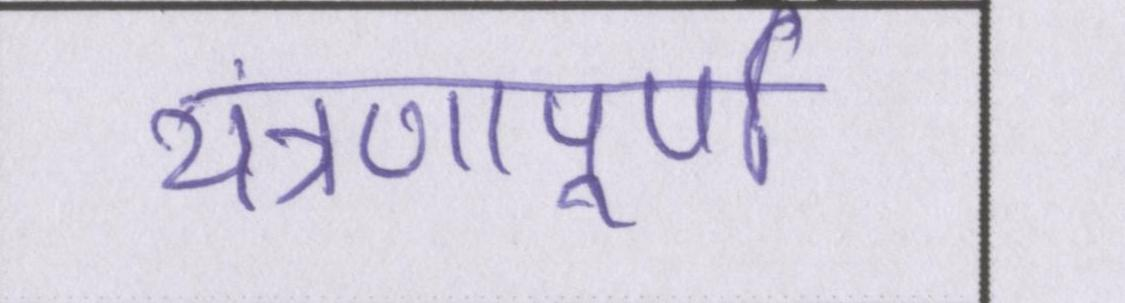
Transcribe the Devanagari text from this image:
यंत्रणापूर्ण